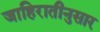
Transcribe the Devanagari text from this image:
जाहिरातीनुसार